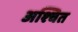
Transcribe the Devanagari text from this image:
अश्चित